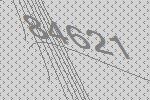
84621